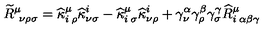
\widetilde { R } _ { \: \: \nu \rho \sigma } ^ { \mu } = \widehat { \kappa } _ { i \: \rho } ^ { \mu } \widehat { \kappa } _ { \nu \sigma } ^ { i } - \widehat { \kappa } _ { i \: \sigma } ^ { \mu } \widehat { \kappa } _ { \nu \rho } ^ { i } + \gamma _ { \nu } ^ { \alpha } \gamma _ { \rho } ^ { \beta } \gamma _ { \sigma } ^ { \gamma } \widehat { R } _ { i \: \alpha \beta \gamma } ^ { \mu }